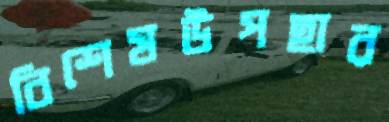
বিশেষউপহার